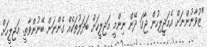
"ޒުވާނުންނަށް އެމަޖީލިހުން ޖާގަ ދޭން ނިންމީ މަޖިލީހަށް ބަދަލުތަކެއް ގެންނަން ބޭނުންވާތީ. މަޖިލީހަށް